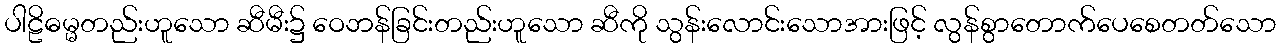
ပါဠိဓမ္မတည်းဟူသော ဆီမီး၌ ဝေဘန်ခြင်းတည်းဟူသော ဆီကို သွန်းလောင်းသောအားဖြင့် လွန်စွာတောက်ပေစေတတ်သော